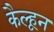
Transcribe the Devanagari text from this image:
कैल्हून